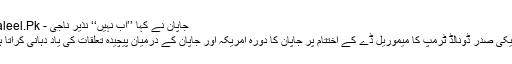
جاپان نے کہا ’’اب نہیں‘‘ نذیر ناجی - Daleel.Pk
امریکی صدر ڈونالڈ ٹرمپ کا میموریل ڈے کے اختتام پر جاپان کا دورہ امریکہ اور جاپان کے درمیان پیچیدہ تعلقات کی یاد دہانی کراتا ہے۔